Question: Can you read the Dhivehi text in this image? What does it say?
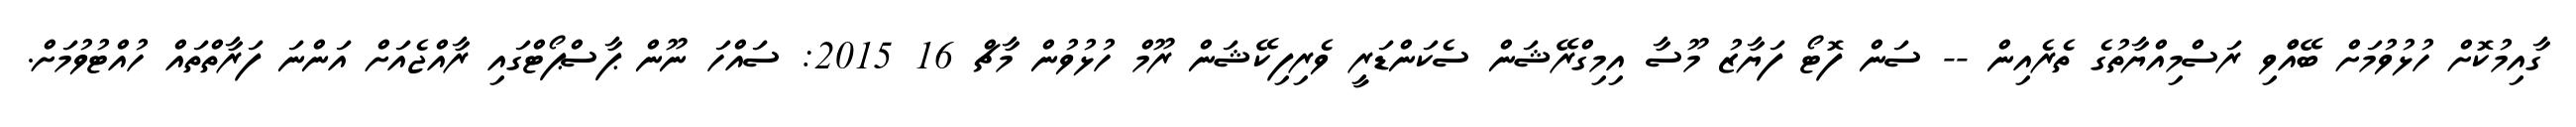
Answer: ގާއިމުކޮށް ހުޅުވުމަށް ބޭއްްވި ރަސްމިއްޔާތުގެ ތެރެއިން -- ސަން ފޮޓޯ ފަޔާޒު މޫސާ އިމިގްރޭޝަން ސެކަންޑަރީ ވެރިފިކޭޝަން ރޫމް ހުޅުވުން މާޗް 16 2015: ސައްހަ ނޫން ޕާސްޕޯޓްގައި ރާއްޖެއަށް އަންނަ ފަރާތްތައް ހުއްޓުވުމަށް.